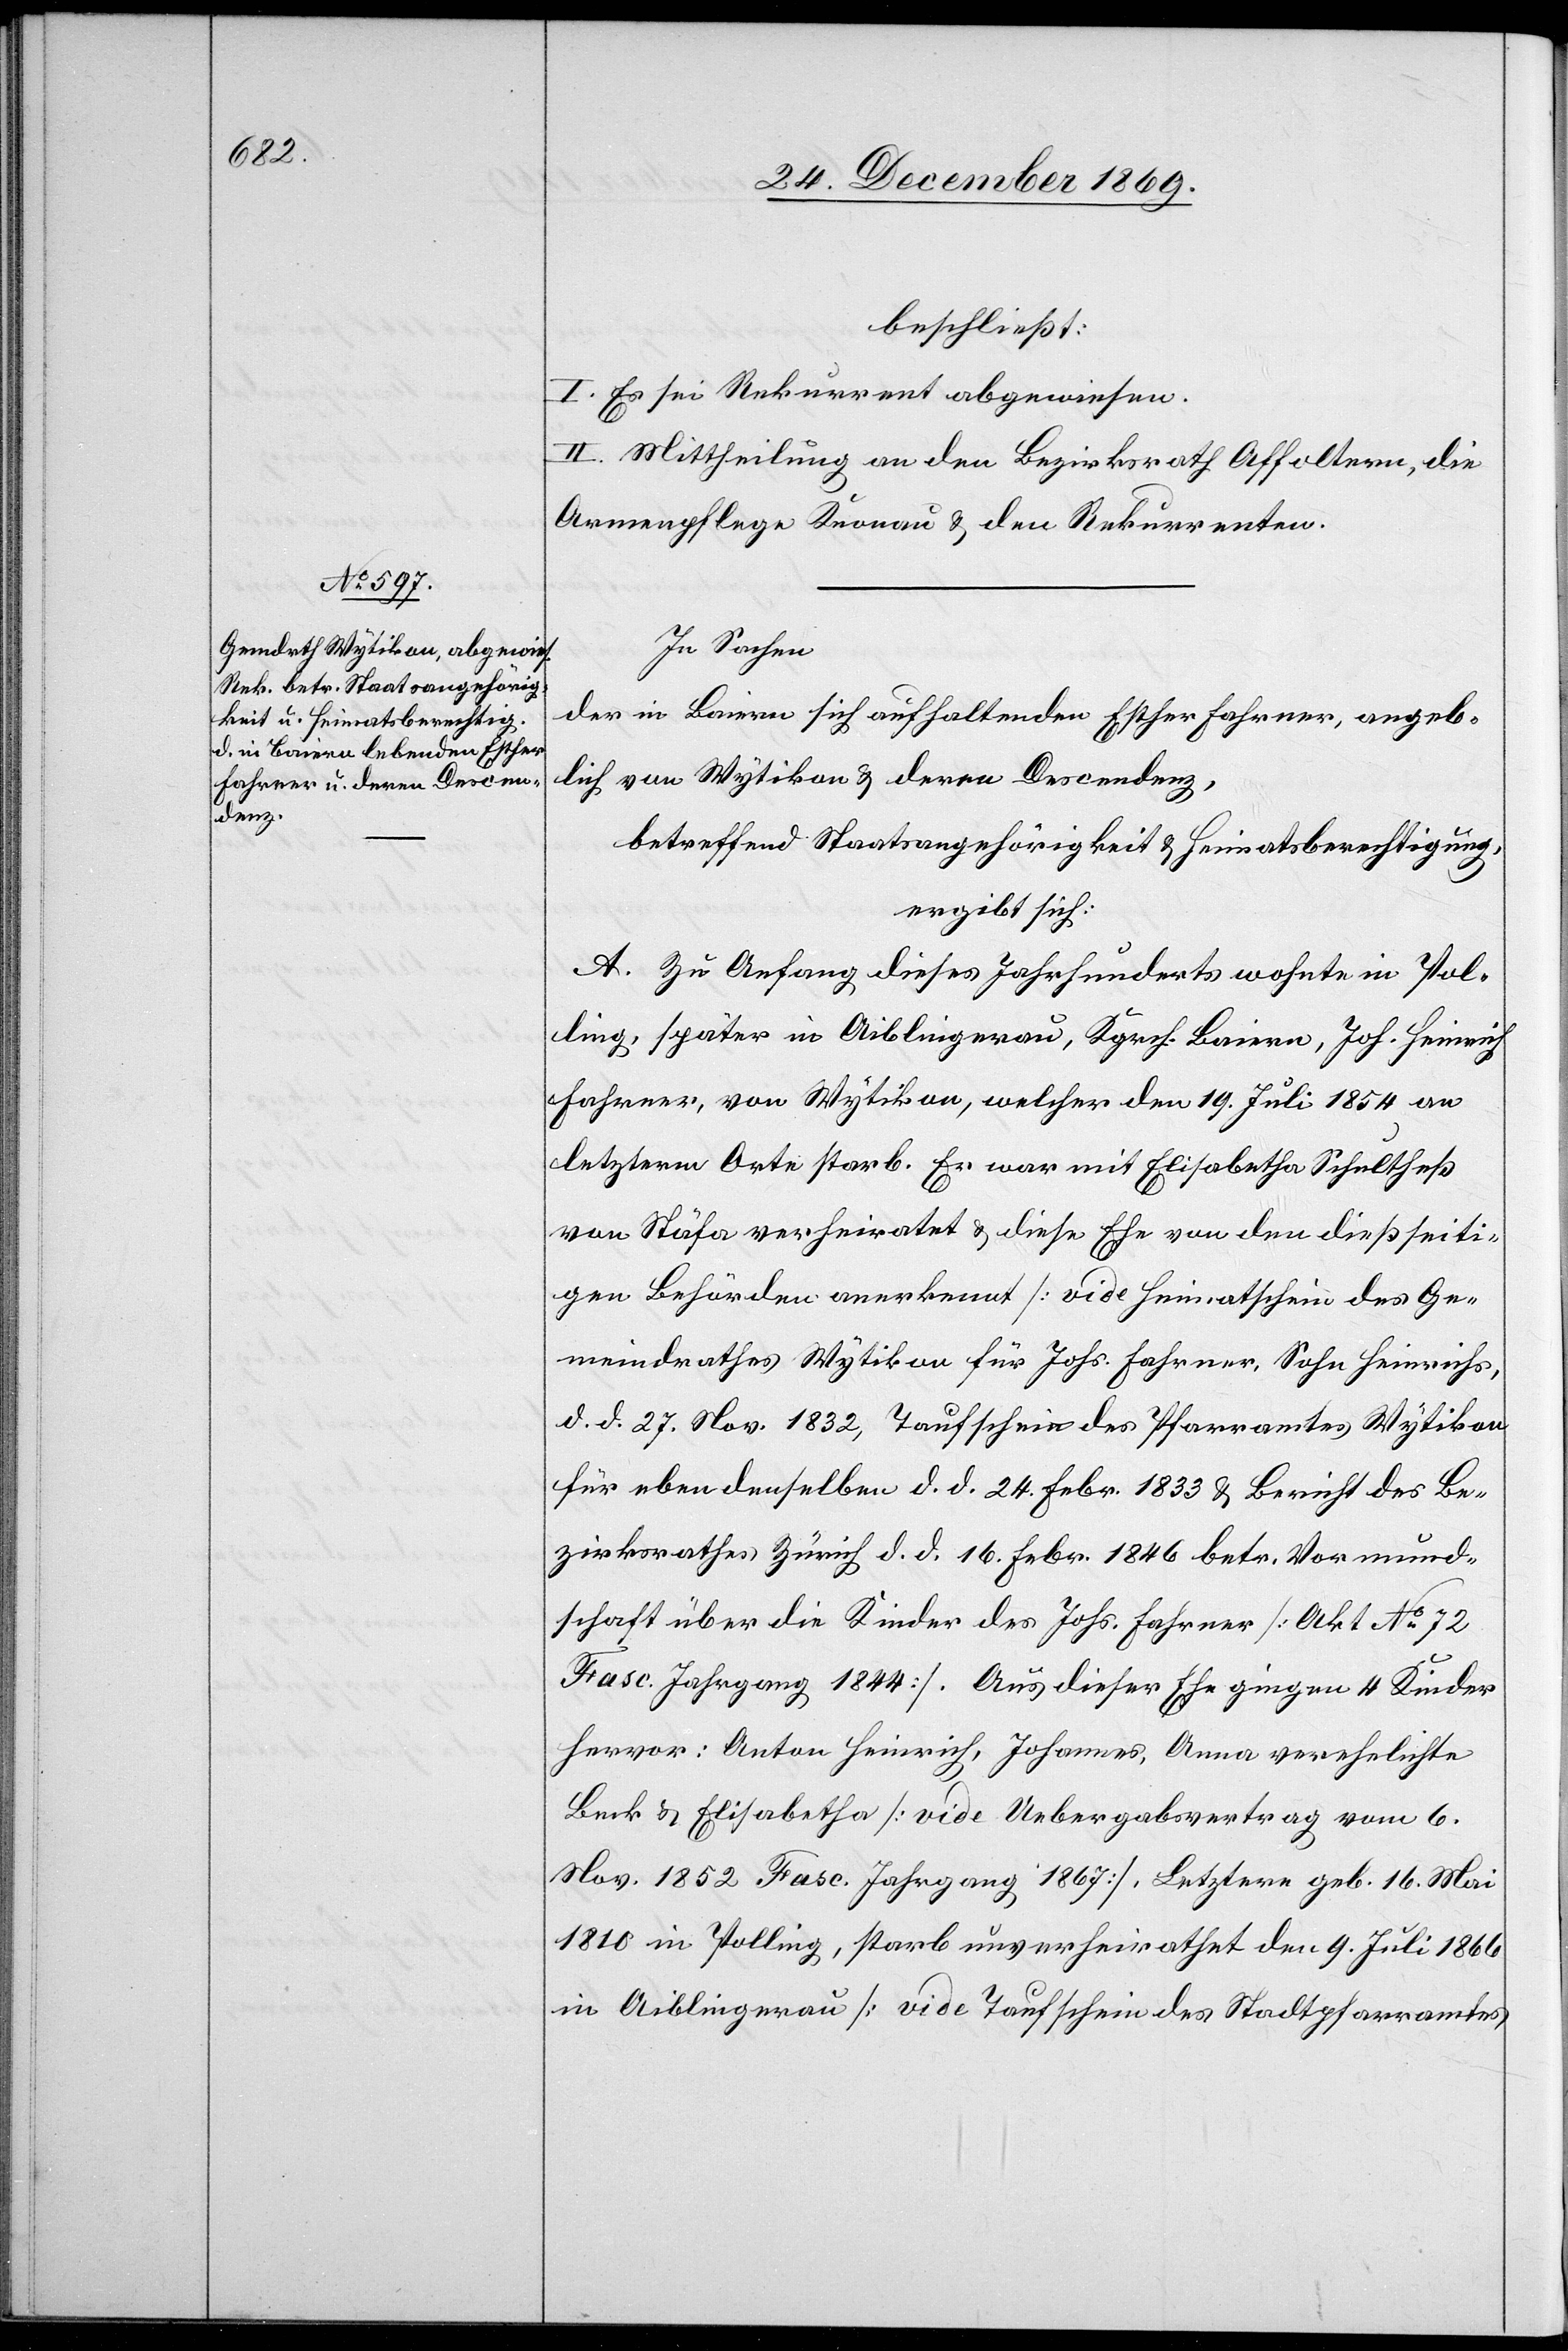
beschließt:
I. Es sei Rekurrent abgewiesen.
II. Mittheilung an den Bezirksrath Affoltern, die
Armenpflege Knonau & den Rekurrenten.